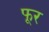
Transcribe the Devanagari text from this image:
फूर